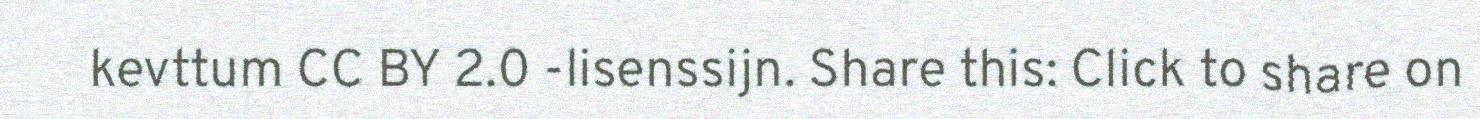
kevttum CC BY 2.0 -lisenssijn. Share this: Click to share on